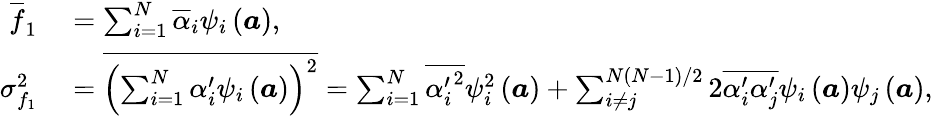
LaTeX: \begin{array}{rl}{\overline{{f}}_{1}}&{{}=\sum_{i=1}^{N}\overline{{\alpha}}_{i}\psi_{i}\left(\boldsymbol{a}\right),}\\ {\sigma_{f_{1}}^{2}}&{{}=\overline{{\left(\sum_{i=1}^{N}\alpha_{i}^{\prime}\psi_{i}\left(\boldsymbol{a}\right)\right)^{2}}}=\sum_{i=1}^{N}\overline{{{\alpha_{i}^{\prime}}^{2}}}\psi_{i}^{2}\left(\boldsymbol{a}\right)+\sum_{i\neq j}^{N(N-1)/2}2\overline{{\alpha_{i}^{\prime}\alpha_{j}^{\prime}}}\psi_{i}\left(\boldsymbol{a}\right)\psi_{j}\left(\boldsymbol{a}\right),}\end{array}